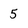
Character: 5